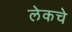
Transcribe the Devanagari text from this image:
लेकचे